Assam Mental Hospital (Tezpur, India) - 1933-1948
Year: 1933
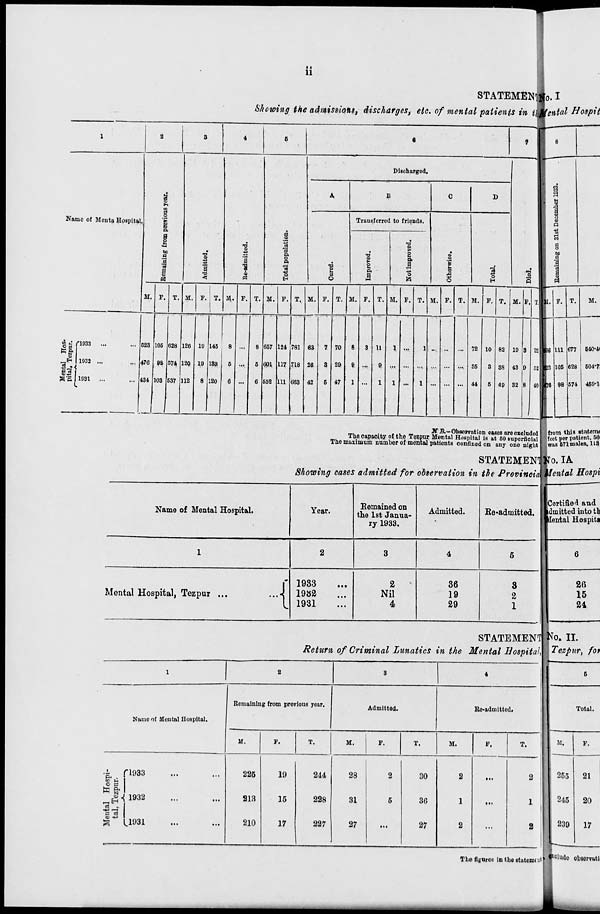
ii
STATEMENT
Showing the admissions, discharges, etc. of mental patients in the
1
Name of Mental Hospital.
Mental Hos-
pital, Tezpur.
1933 ... ...
1932 ... ...
1931
... ...
2
Remaining
from previous
year.
M.
523
476
434
F.
105
98
103
T.
628
574
537
3
Admitted.
M.
126
120
112
F.
19
19
8
T.
145
139
120
4
Re-admitted.
M.
8
5
6
F.
...
...
...
T.
8
5
6
5
Total population.
M.
657
601
552
F.
124
117
111
T.
781
718
663
6
Discharged.
A
Cured.
M.
63
26
42
F.
7
3
5
T.
70
29
47
B
Transferred to friends.
Improved.
M.
8
9
1
F.
3
...
...
T.
11
9
1
Not improved.
M.
1
...
1
F.
...
...
...
T.
1
...
1
C
Otherwise.
M.
...
...
...
F.
...
...
...
T.
...
...
...
D
Total.
M.
72
35
44
F.
10
3
5
T.
82
38
49
7
Died.
M.
19
43
32
F.
3
9
8
T.
22
52
40
N.
B.—Observation
cases
are excluded
The capacity of the Tezpur Mental Hospital is at 50 superficial
The maximum number of mental patients confined on any one night
STATEMENT
Showing cases admitted for observation in the Provincial
Name of Mental Hospital.
1
Mental Hospital, Tezpur ... ...
Year.
2
1933 ...
1932 ...
1931 ...
Remained on
the 1st Janua-
ry 1933.
3
2
Nil
4
Admitted.
4
36
19
29
Re-admitted.
5
3
2
1
STATEMENT
Return of Criminal Lunatics in the Mental Hospital,
1
Name of Mental Hospital.
Mental Hospi-
tal, Tezpur.
1933 ... ...
1932 ... ...
1931
...
...
2
Remaining from previous year.
M.
225
213
210
F.
19
15
17
T.
244
228
227
3
Admitted.
M.
28
31
27
F.
2
5
...
T.
30
36
27
4
Re-admitted.
M.
2
1
2
F.
...
...
...
T.
2
1
2
The figures in the statement